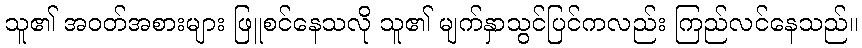
သူ၏ အဝတ်အစားများ ဖြူစင်နေသလို သူ၏ မျက်နှာသွင်ပြင်ကလည်း ကြည်လင်နေသည်။